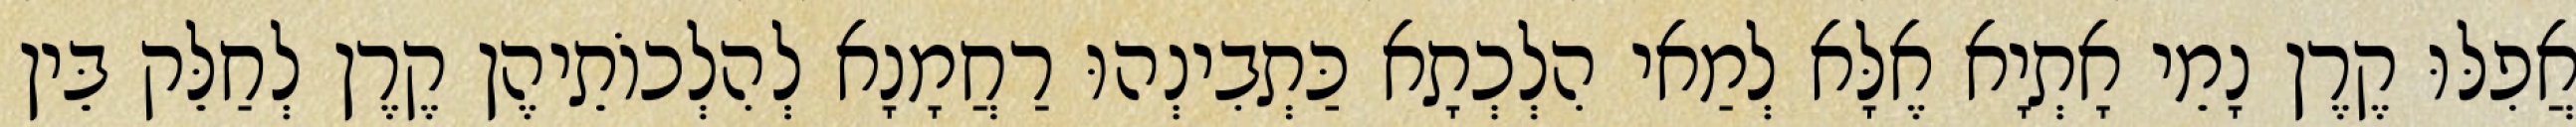
אֲפִלּוּ קֶרֶן נָמֵי אָתְיָא אֶלָּא לְמַאי הִלְכְתָא כַּתְבִינְהוּ רַחֲמָנָא לְהִלְכוֹתֵיהֶן קֶרֶן לְחַלֵּק בֵּין